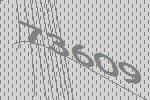
73609